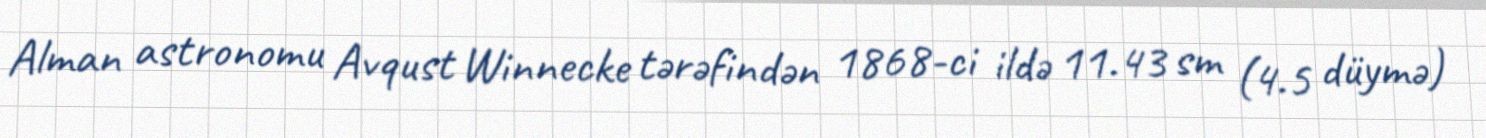
Alman astronomu Avqust Winnecke tərəfindən 1868-ci ildə 11.43 sm (4.5 düymə)